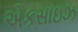
એકસાઇઝ